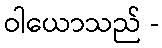
ဝါယောသည် -